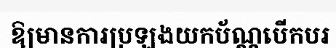
ឱ្យមានការប្រឡងយកប័ណ្ណបើកបរ